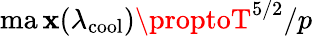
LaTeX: \operatorname*{ma\mathbf{x}}(\lambda_{\mathrm{{cool}}})\proptoT^{5/2}/p